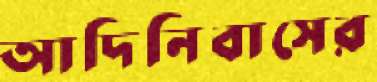
আদিনিবাসের